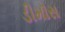
ડીમૉસ